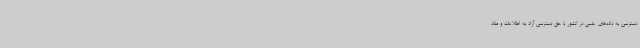
دسترسی به داده‌های علمی در کشور با حق دسترسی آزاد به اطلاعات و مفاد